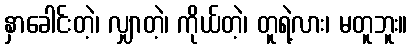
နှာခေါင်းတဲ့၊ လျှာတဲ့၊ ကိုယ်တဲ့၊ တူရဲ့လား၊ မတူဘူး။